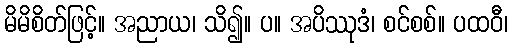
မိမိစိတ်ဖြင့်။ အညာယ၊ သိ၍။ ပ။ အပိဿုဒံ၊ စင်စစ်။ ပထဝီ၊